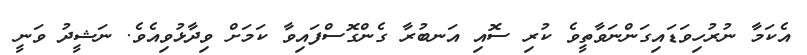
އެެކަމާ ނުރުހިވަޑައިގަންނަވާތީވެ ކުރި ސޮއި އަނބުރާ ގެންގޮސްފައިވާ ކަމަށް ވިދާޅުވިއެވެ. ނަޝީދު ވަނީ